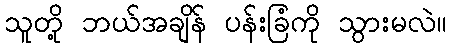
သူတို့ ဘယ်အချိန် ပန်းခြံကို သွားမလဲ။